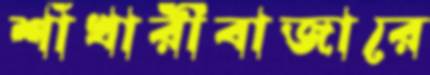
শাঁখারীবাজারে